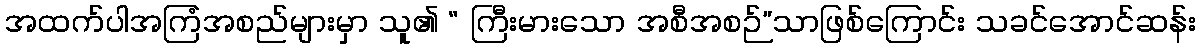
အထက်ပါအကြံအစည်များမှာ သူ၏ “ ကြီးမားသော အစီအစဉ်”သာဖြစ်ကြောင်း သခင်အောင်ဆန်း